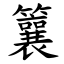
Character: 䉴